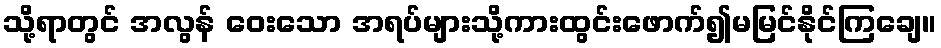
သို့ရာတွင် အလွန် ဝေးသော အရပ်များသို့ကားထွင်းဖောက်၍မမြင်နိုင်ကြချေ။